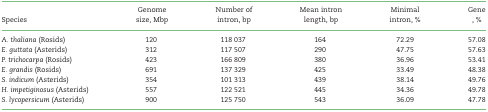
<table><thead><tr><td><b>Species</b></td><td><b>Genome size, Mbp</b></td><td><b>Number of intron, bp</b></td><td><b>Mean intron length, bp</b></td><td><b>Minimal intron, %</b></td><td><b>Gene , %</b></td></tr></thead><tbody><tr><td><i>A. thaliana</i> (Rosids)</td><td>120</td><td>118 037</td><td>164</td><td>72.29</td><td>57.08</td></tr><tr><td><i>E. guttata</i> (Asterids)</td><td>312</td><td>117 507</td><td>290</td><td>47.75</td><td>57.63</td></tr><tr><td><i>P. trichocarpa</i> (Rosids)</td><td>423</td><td>166 809</td><td>380</td><td>36.96</td><td>53.41</td></tr><tr><td><i>E. grandis</i> (Rosids)</td><td>691</td><td>137 329</td><td>425</td><td>33.49</td><td>48.38</td></tr><tr><td><i>S. indicum</i> (Asterids)</td><td>354</td><td>101 313</td><td>439</td><td>38.14</td><td>49.76</td></tr><tr><td><i>H. impetiginosus</i> (Asterids)</td><td>557</td><td>122 521</td><td>445</td><td>34.36</td><td>49.78</td></tr><tr><td><i>S. lycopersicum</i> (Asterids)</td><td>900</td><td>125 750</td><td>543</td><td>36.09</td><td>47.78</td></tr></tbody></table>